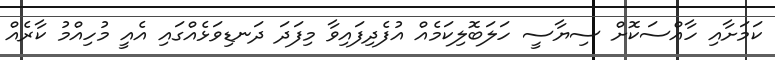
ކަމަށާއި ހާއްސަކޮށް ސިޔާސީ ހަލަބޮލިކަމެއް އުފެދިފައިވާ މިފަދަ ދަނޑިވަޅެއްގައި އެއީ މުހިއްމު ކާރެއް